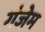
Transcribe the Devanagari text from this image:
गंजेम